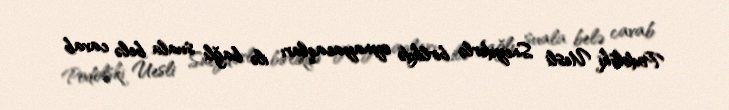
Podolski Uesli Sneyderlə birlikdə oynayacaqları ilə bağlı suala belə cavab